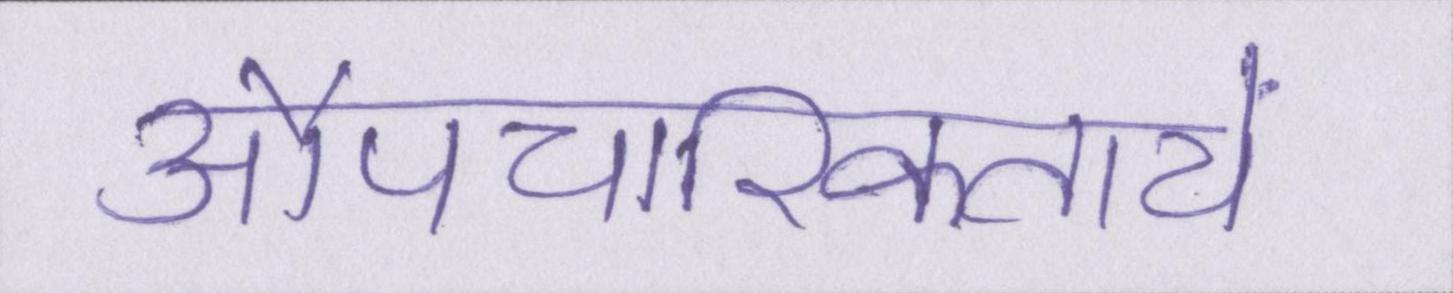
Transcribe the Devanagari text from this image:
औपचारिकतायें